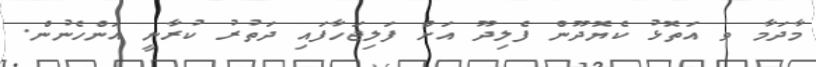
މާދަމާ ވ އަތޮޅު ކެޔޮދޫން ފެލިދޫ އަށް ފަލިޖަހާފައި ދަތުރު ކުރާނީ އަންހެނުން.